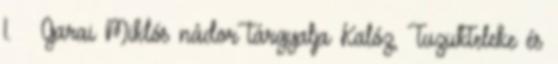
1. – Garai Miklós nádor tárgyalja Kalóz, Tuzukteleke és